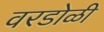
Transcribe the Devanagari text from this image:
वरडोळी